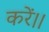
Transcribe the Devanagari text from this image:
करें।।